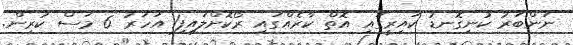
ނަންބަރު ކުނިގޮނޑު ކައިރީގައި އޮތް ކާރެއްގައި ރޯކޮށްލައިފި1 އަހަރު 6 މަސް ކުރިން.